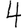
Digit: 4